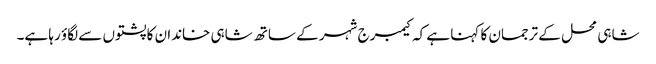
شاہی محل کے ترجمان کا کہنا ہے کہ کیمبرج شہر کے ساتھ شاہی خاندان کا پشتوں سے لگاؤ رہا ہے۔